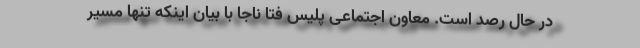
در حال رصد است. معاون اجتماعی پلیس فتا ناجا با بیان اینکه تنها مسیر